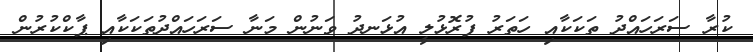
ކުރާ ސަރަހައްދު ތަކަކާއި ހަތަރު ފުރޮޅުލީ އުޅަނދު ވަނުން މަނާ ސަރަހައްދުތަކަކާއި ޕާކްކުރުން